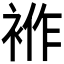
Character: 𧚙